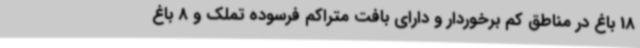
18 باغ در مناطق کم برخوردار و دارای بافت متراکم فرسوده تملک و 8 باغ